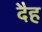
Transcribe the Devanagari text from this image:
दैह